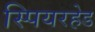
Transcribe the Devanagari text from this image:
स्पियरहेड